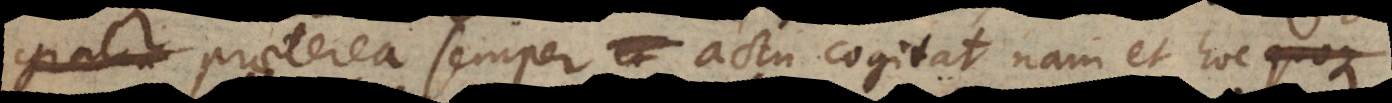
gratia; praeterea semper actu cogitat, nam et hoc